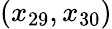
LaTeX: (x_{29},x_{30})